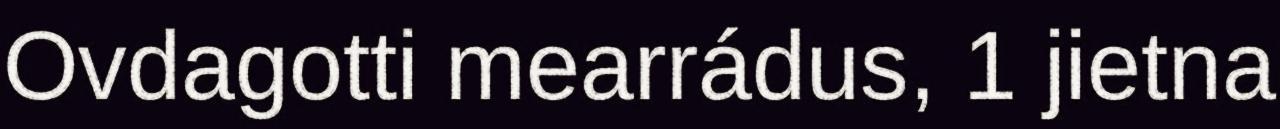
Ovdagotti mearrádus, 1 jietna